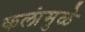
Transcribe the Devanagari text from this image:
कलांमुळे